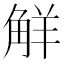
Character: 觧